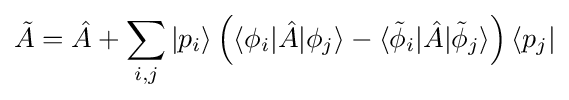
{\tilde {A}}={\hat {A}}+\sum _{i,j}|p_{i}\rangle \left(\langle \phi _{i}|{\hat {A}}|\phi _{j}\rangle -\langle {\tilde {\phi }}_{i}|{\hat {A}}|{\tilde {\phi }}_{j}\rangle \right)\langle p_{j}|